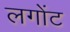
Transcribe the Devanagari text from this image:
लगोंट